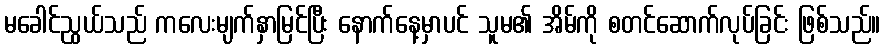
မခေါင်ညွယ်သည် ကလေးမျက်နှာမြင်ပြီး နောက်နေ့မှာပင် သူမ၏ အိမ်ကို စတင်ဆောက်လုပ်ခြင်း ဖြစ်သည်။